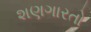
શણગારતો